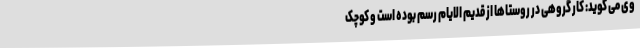
وی می گوید: کار گروهی در روستاها از قدیم الایام رسم بوده است و کوچک